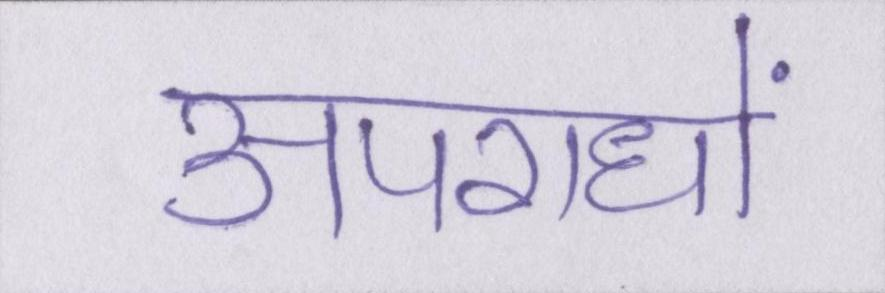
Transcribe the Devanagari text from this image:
अपराधों